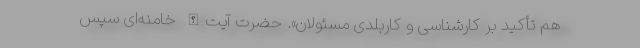
هم تأکید بر کارشناسی و کاربلدی مسئولان». حضرت آیت‌الله خامنه‌ای سپس